Bréfritari: Jakobína Jónsdóttir
Viðtakandi: Sólveig Jónsdóttir
Dagsetning: A-1882-06-10
Skrifað á: Bessastöðum  Gull.
systir bréfviðtakanda

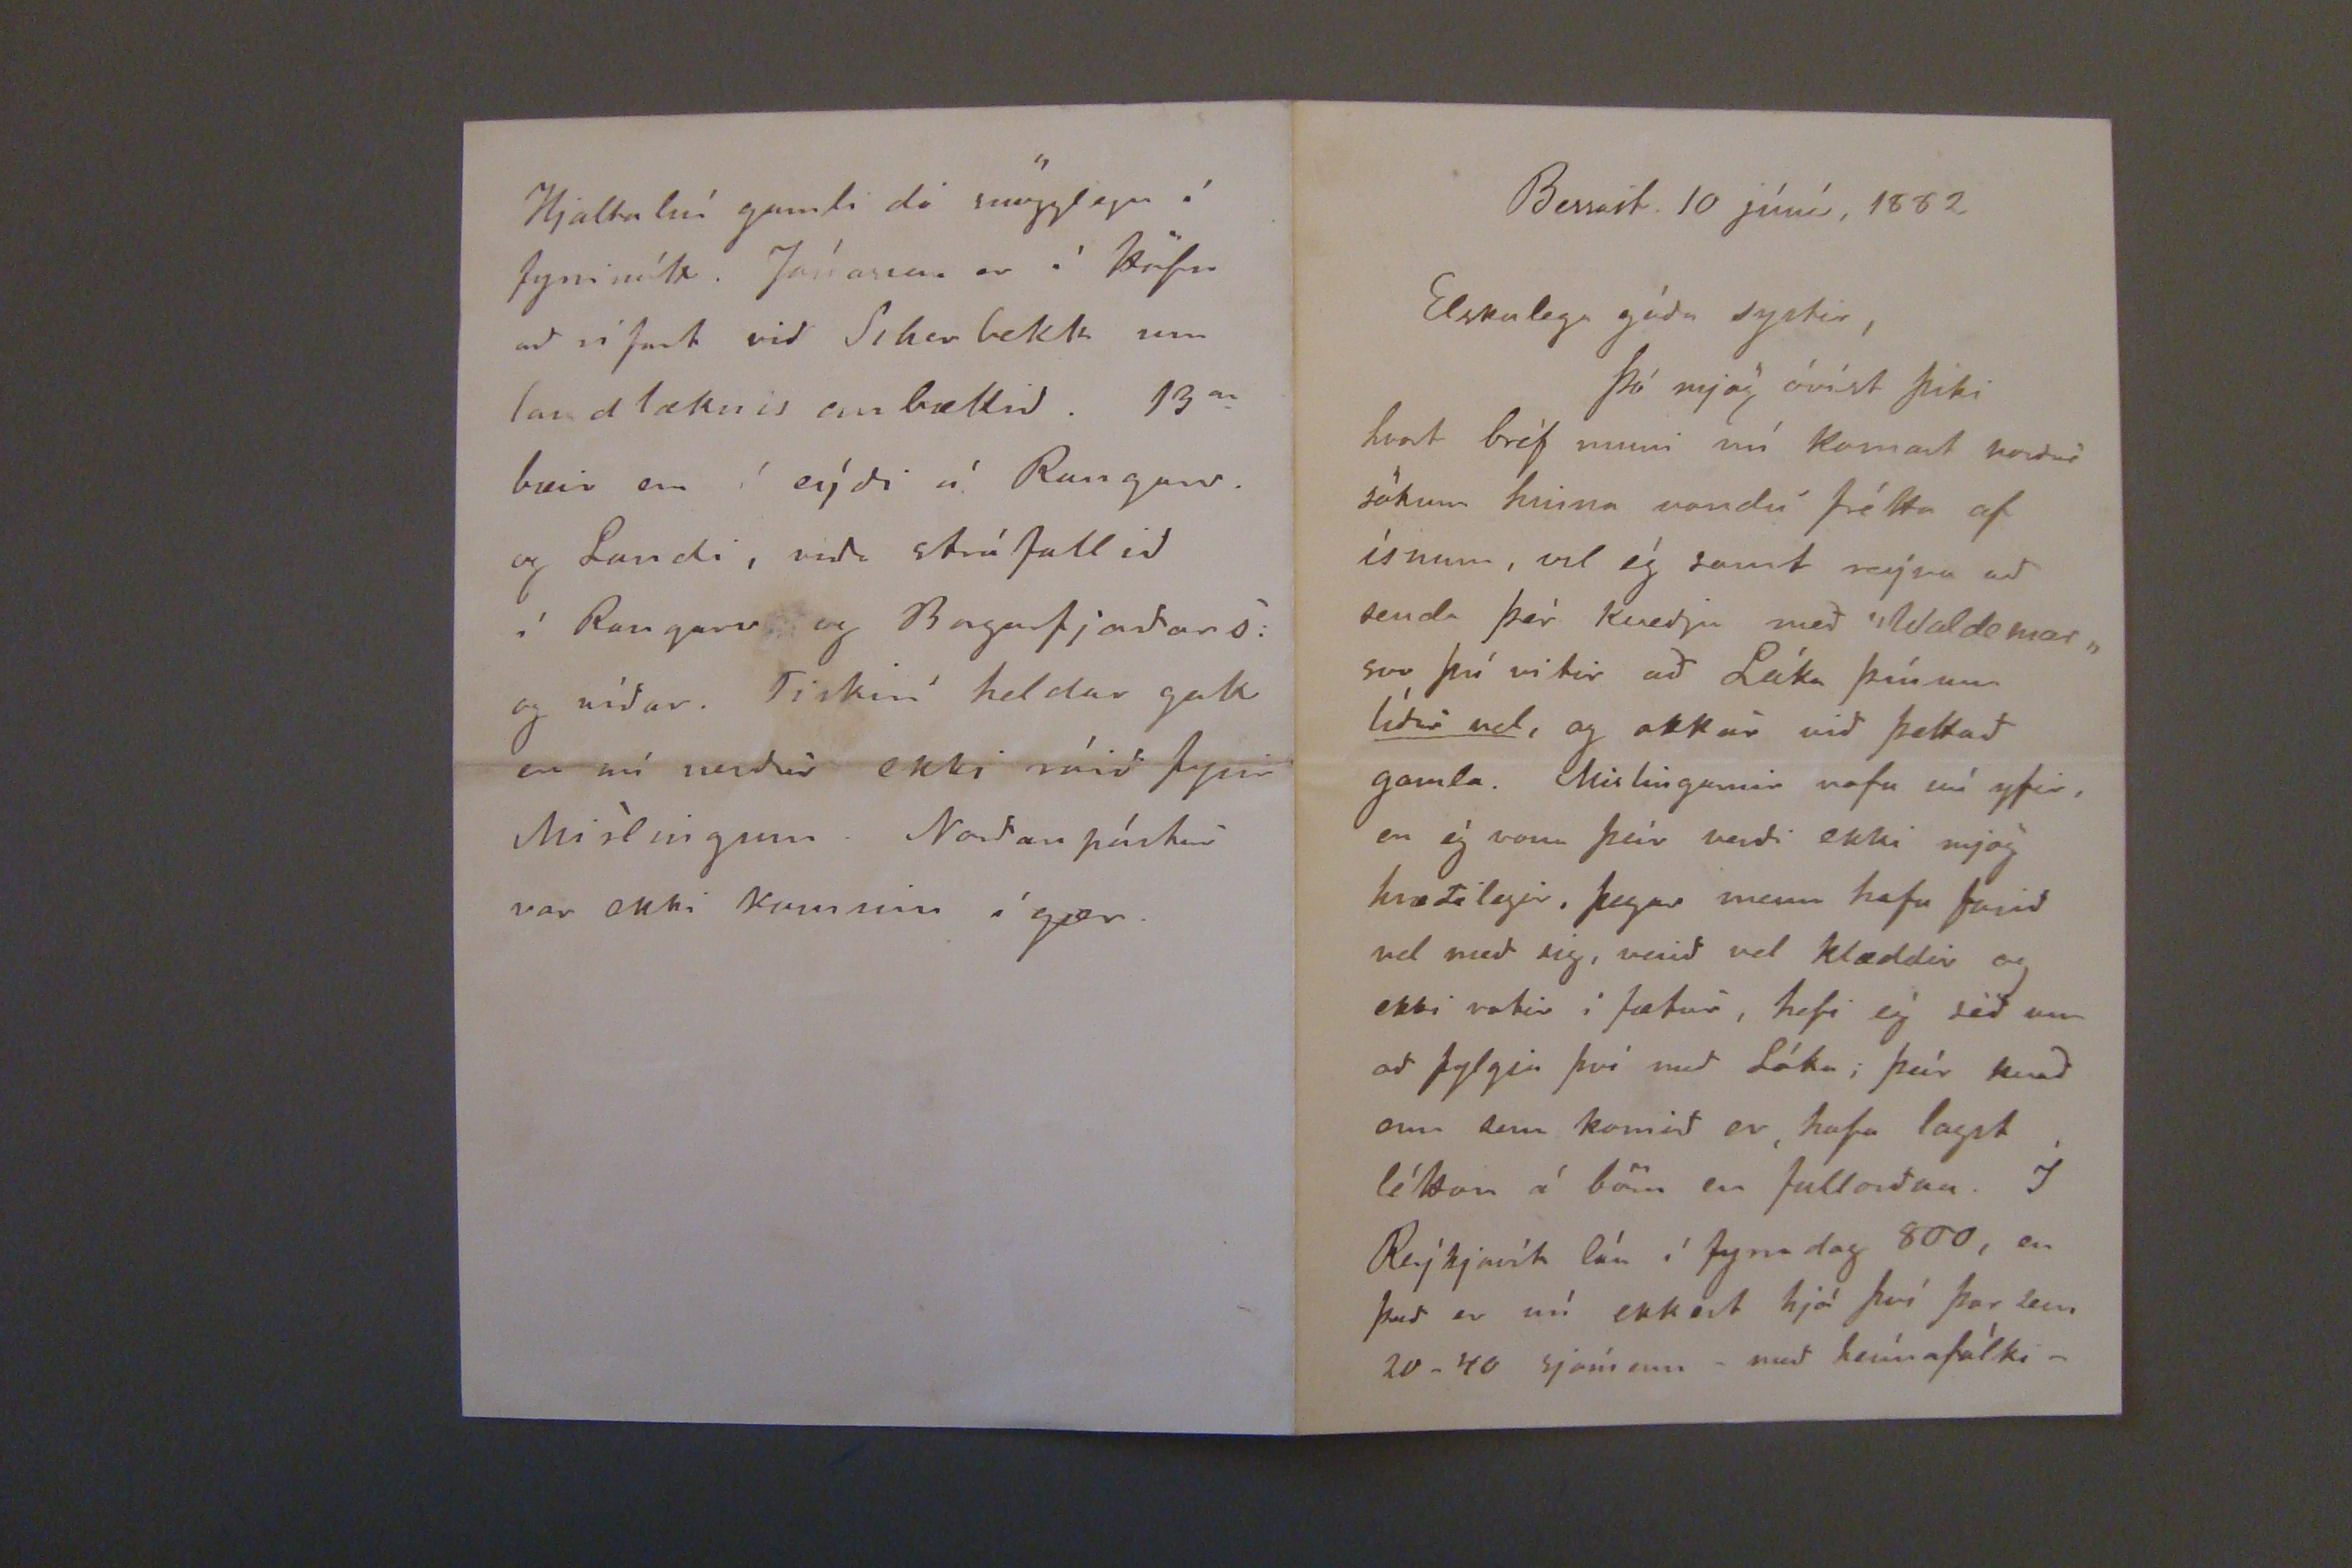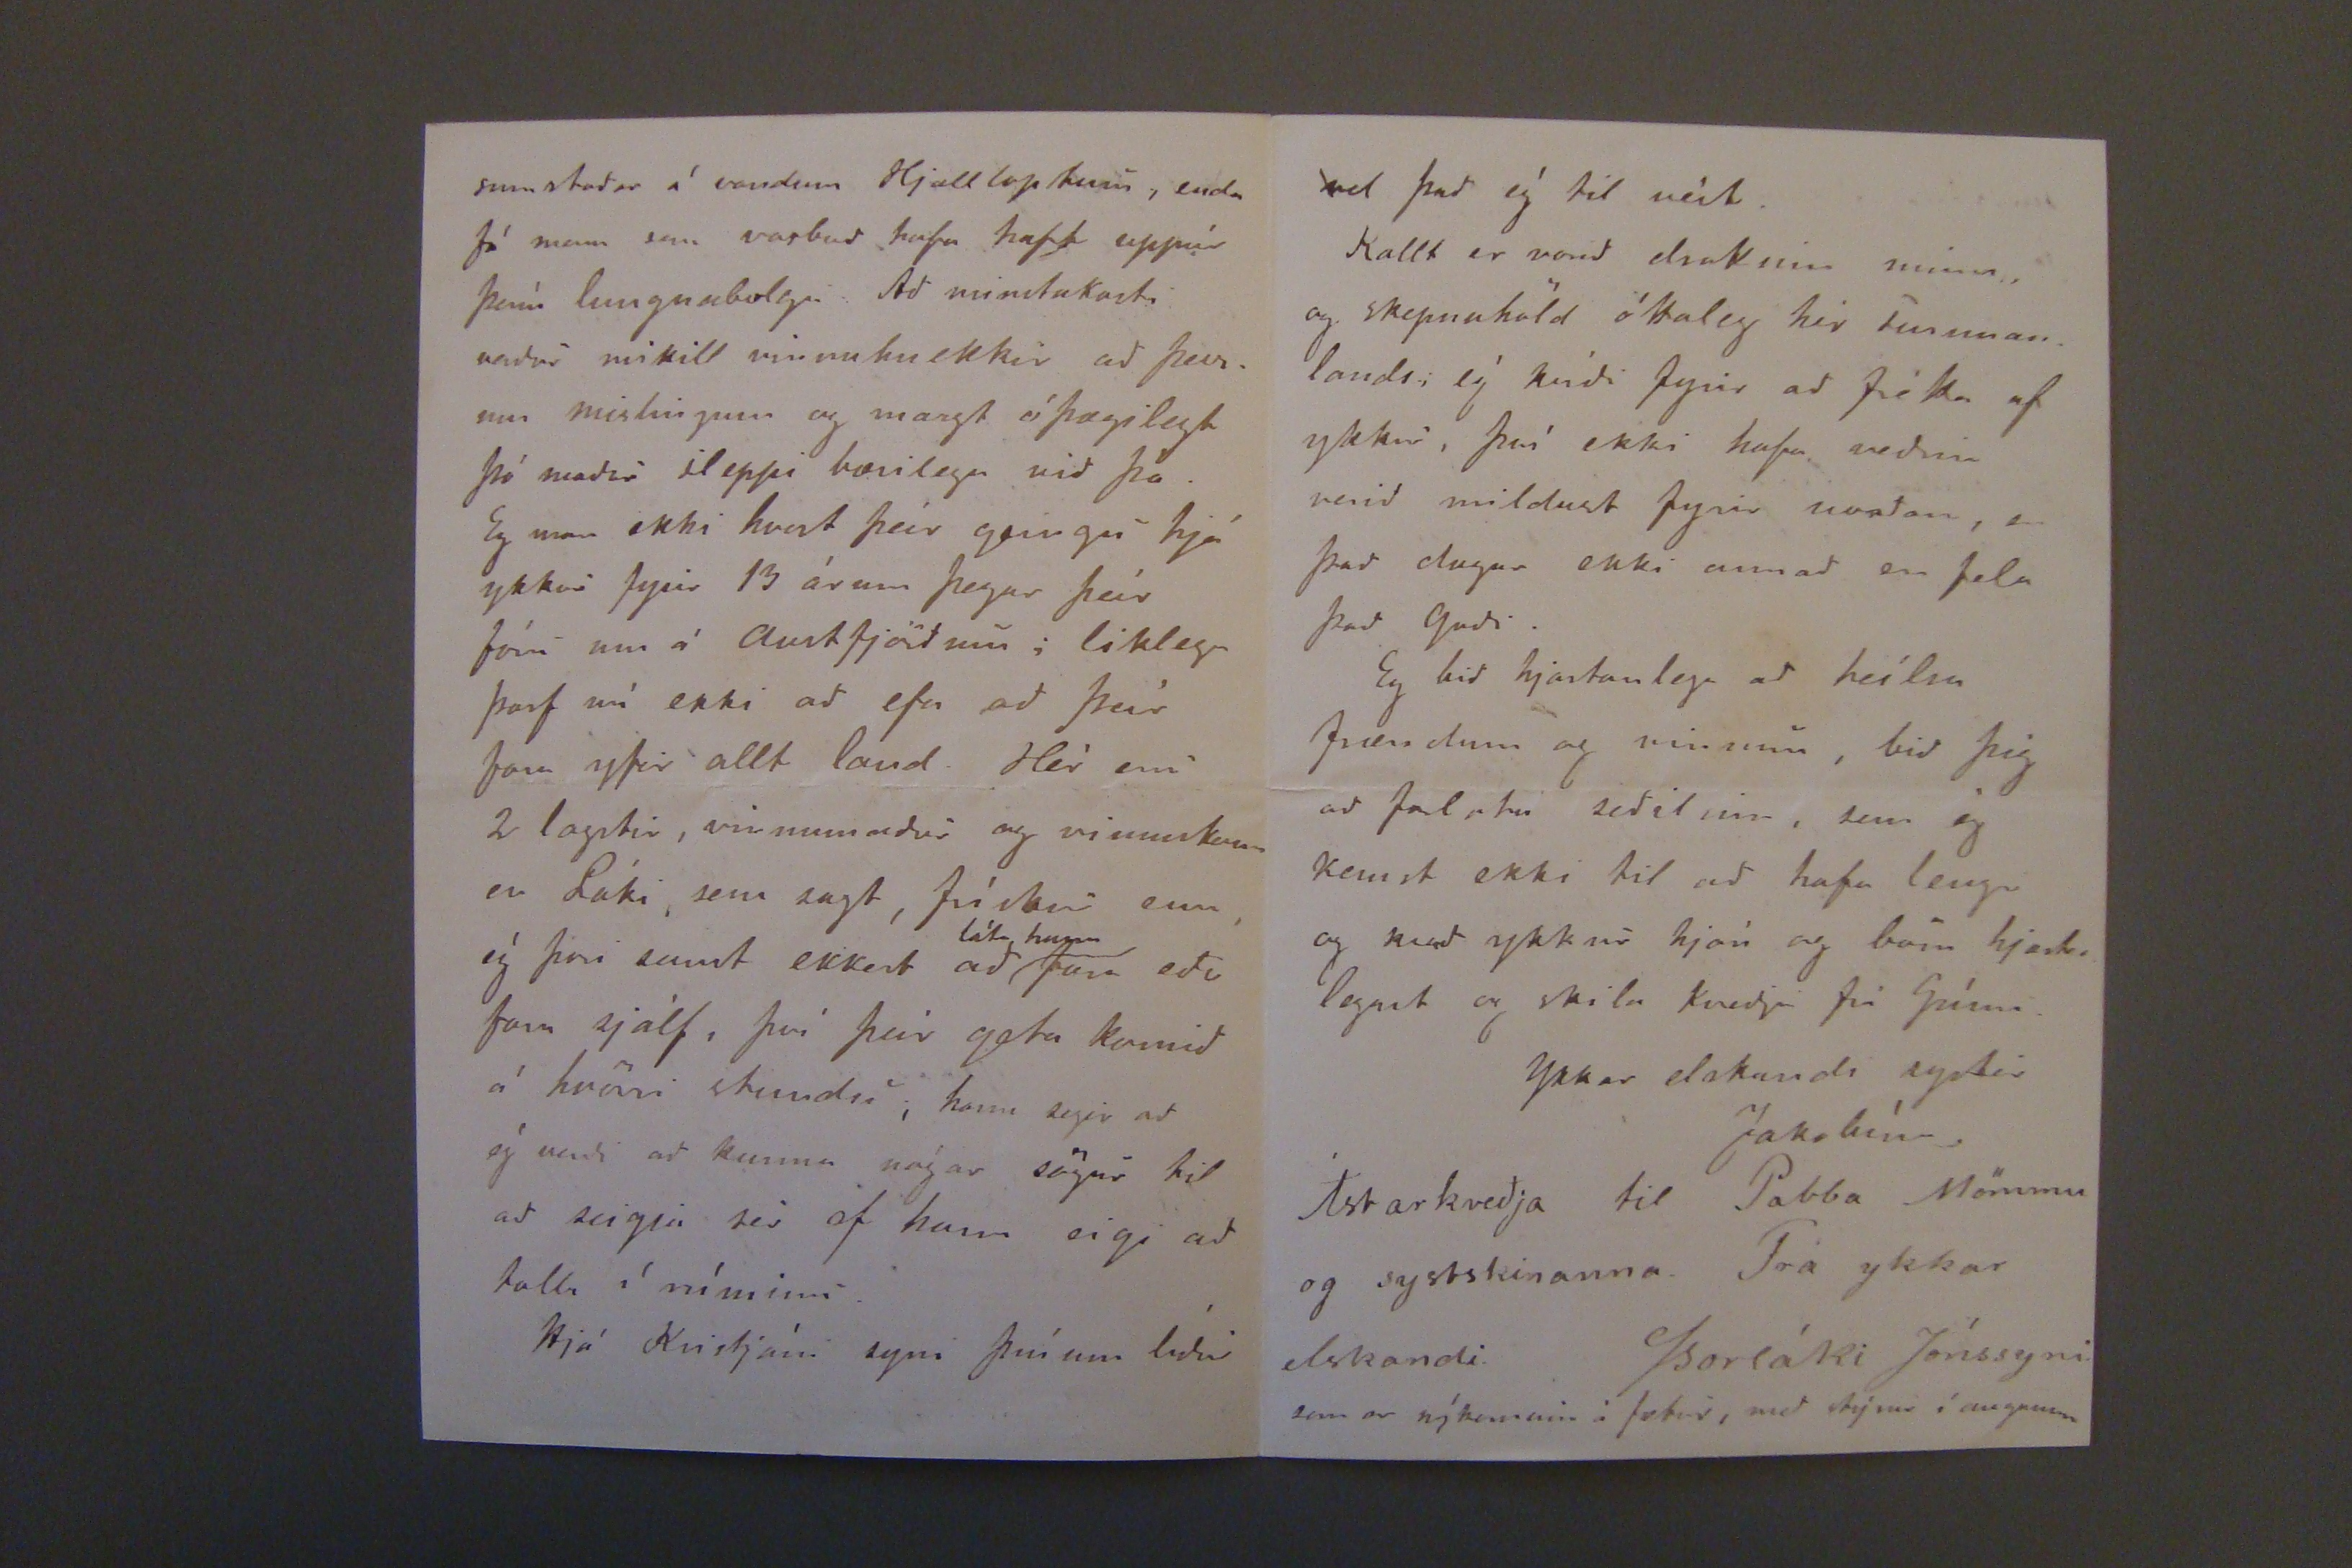

Bessast. 10 júní, 1882.
Elskulega góða systir,
Þó mjög óvíst þiki hvort bréf muni nú komast norður sökum hinna vondu frétta af ísnum, vil ég samt reýna að senda þér kveðju með "Waldemar" svo þú vitir að Láka þínum
lídur vel,
og okkur við þettað gamla. Mislinganir vofa nú yfir, en ég vona þeir verði ekki mjög hræðilegir, þegar menn hafa farið vel með sig, verið vel klæddir og ekki votir í fætur, hafi ég séð um að fylgja því með Láka, þeír kvað enn sem komið er, hafa lagst léttan á börn en fullorðna. Í Reýkjavík láu í fyrradag 800, en það er nú ekkert hjá því þar sem 20-40 sjómenn -með heímafólki-
sumstaðar á vondum Kjallloptum, enda fá menn sem vasbað hafa haft uppúr þeím lungnabolgu. Að minstakosti verður mikill vinnuhnekkir að þessum mislingum og margt óþægilegt þó maður sleppi bærilega við þá. Eg man ekki hvort þeír geingu hjá ykkur fyrir 13 árum þegar þeír fóru um á Austfjörðum; liklega þarf nú ekki að efa að þeír fóru yfir allt land. Hér eru 2 lagstir, vinnumaður og vinnukona en Láki, sem sagt, frískur enn, ég þori samt ekkert að
láta hann
fara eða fara sjálf, því þeir geta komið á hvörri stundu, hann segir að ég verði að kunna nógar sögur til að seigja sér, ef hann eigi að falla í rúminu.
Hjá Kristjáni syni þínum líður
Hjaltalín gamli dó snögglega í fyrrinótt. Jónasson er í Höfn að rífast við Siherbekk um landlæknisembættið. 13
a
bæir eru í eýði á Rangasv. og Landi, víða stráfallið í Rangasv og Borgarfjarðars. og víðar. Fiskirí heldur gott en nú verður ekki róið fyrir Misklingum. Norðanpóstur var ekki kominn í gær.
vel það ég til veít.
Kallt er vorið drottinn minn, og skepnuhöld óttaleg hér sunnanlands, því ekki hafa veðrin verið mildust fyrir norðan, en það dugar ekki annað en fela það Guði.
Eg bið hjartanlega að heílsa frændum og vinum, bið þig að falsta seðilinn, sem ég kemst ekki til að hafa lengra og kveð ykkur hjón og börn hjartlegast og skila kveðju frá Grími.
Ykkar elskandi systir
Jakobína.
Ástarkveðja til Pabba Mömmu og systskinanna. Frá ykkar elskandi Þorláki Jónssyni sem er nýkominn á fætur, með stýrur í augunum.